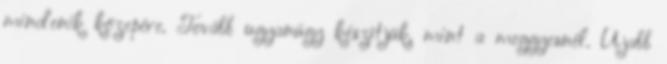
mindenik közepére. Tovább ugyanúgy készítjük, mint a meggyesnél. Újabb